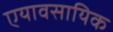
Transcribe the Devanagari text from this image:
एयावसायिक